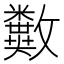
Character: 𣀱